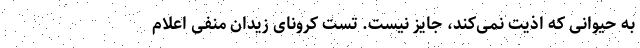
به حیوانی که اذیت نمی‌کند، جایز نیست. تست کرونای زیدان منفی اعلام